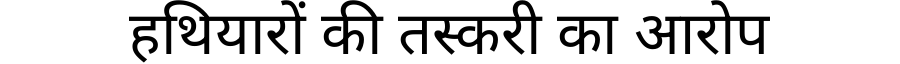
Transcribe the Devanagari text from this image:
हथियारों की तस्करी का आरोप